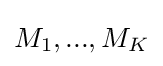
M_{1},...,M_{K}